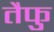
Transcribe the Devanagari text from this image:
तैफु